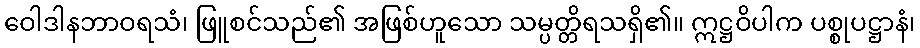
ဝေါဒါနဘာဝရသံ၊ ဖြူစင်သည်၏ အဖြစ်ဟူသော သမ္ပတ္တိရသရှိ၏။ ဣဋ္ဌဝိပါက ပစ္စုပဋ္ဌာနံ၊